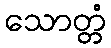
သောတ္တံ